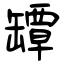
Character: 罈